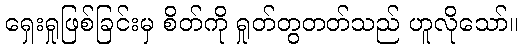
ရှေးရှုဖြစ်ခြင်းမှ စိတ်ကို ရှုတ်တွတတ်သည် ဟူလိုသော်။